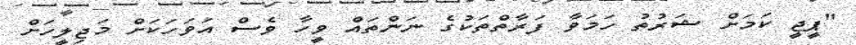
"ޕީޖީ ކަމަށް ޝަރުތު ހަމަވާ ފަރާތްތަކުގެ ނަންތައް ވީހާ ވެސް އަވަހަކަށް މަޖިލީހަށް